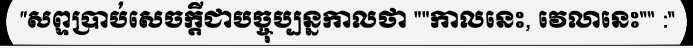
សព្ទប្រាប់សេចក្តីជាបច្ចុប្បន្នកាលថា "កាលនេះ, វេលានេះ" :